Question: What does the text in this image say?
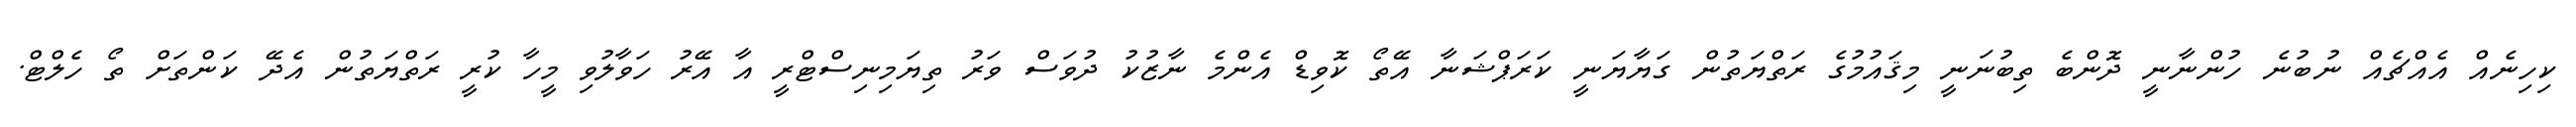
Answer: ކިހިނެއް އެއްޗެއް ނުބުނެ ހުންނާނީ ދޮންބެ ތިބުނަނީ މިޤައުމުގެ ރަތްޔަތުން ގަޔާޔަނީ ކަރަޕްޝަނާ އޭތޯ ކޮވިޑް އެންމެ ނާޒުކު ދުވަސް ވަރު ތިޔަމިނިސްޓްރީ އާ އޭރު ހަވާލުވި މީހާ ކުރީ ރަތްޔަތުން އެދޭ ކަންތަށް ތޯ ހެލްޓް.